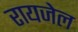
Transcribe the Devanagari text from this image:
रायजेल